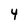
Character: 4